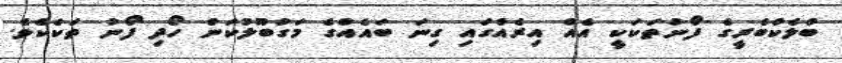
ބްލެކްބެރީގެ ފޯނުތަކަކީ އެއް އިރެއްގައި ގިނަ ބައެއްގެ މަގުބޫލުކަން ހޯދި ފޯނު ތަކެކެވެ.